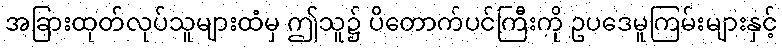
အခြားထုတ်လုပ်သူများထံမှ ဤသူ၌ ပိတောက်ပင်ကြီးကို ဥပဒေမူကြမ်းများနှင့်